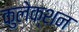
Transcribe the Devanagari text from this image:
कुलेक्शन